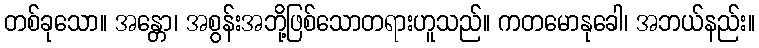
တစ်ခုသော။ အန္တော၊ အစွန်းအဘို့ဖြစ်သောတရားဟူသည်။ ကတမောနုခေါ၊ အဘယ်နည်း။